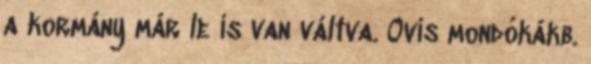
a kormány már le is van váltva. Ovis mondókákb.